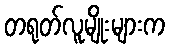
တရုတ်လူမျိုးများက